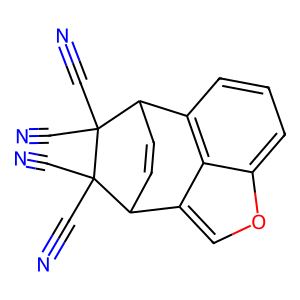
SMILES: N#CC1(C#N)C2C=CC(c3coc4cccc2c34)C1(C#N)C#N
Inhibits HIV replication: No